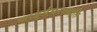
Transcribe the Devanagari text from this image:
शाङ्‌र्गघरपद्धति